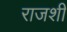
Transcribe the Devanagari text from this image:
राजशी